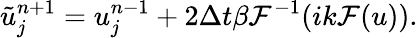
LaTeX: \tilde{u}_{j}^{n+1}=u_{j}^{n-1}+2\Delta t\beta\mathcal{F}^{-1}(ik\mathcal{F}(u)).